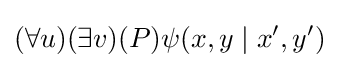
(\forall u)(\exists v)(P)\psi (x,y\mid x',y')